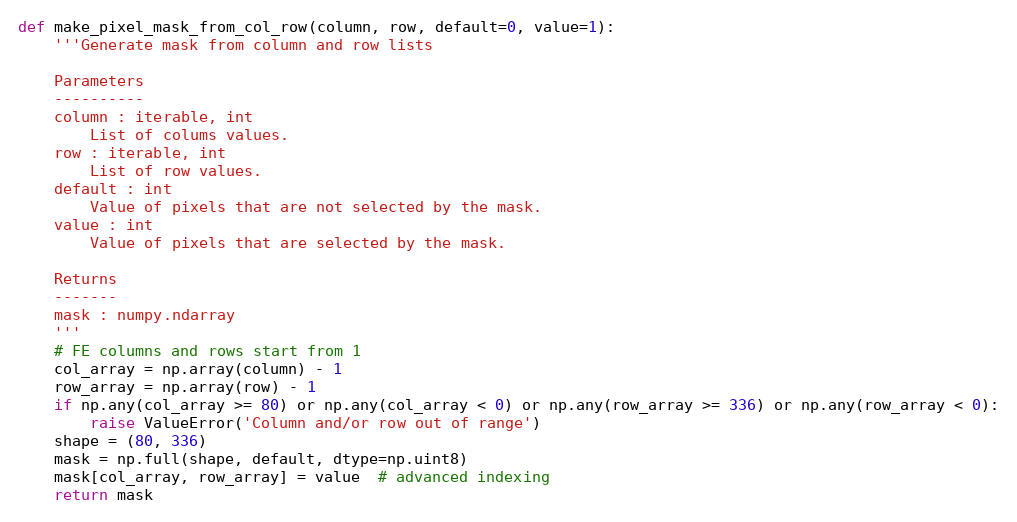
Language: Python
def make_pixel_mask_from_col_row(column, row, default=0, value=1):
    '''Generate mask from column and row lists

    Parameters
    ----------
    column : iterable, int
        List of colums values.
    row : iterable, int
        List of row values.
    default : int
        Value of pixels that are not selected by the mask.
    value : int
        Value of pixels that are selected by the mask.

    Returns
    -------
    mask : numpy.ndarray
    '''
    # FE columns and rows start from 1
    col_array = np.array(column) - 1
    row_array = np.array(row) - 1
    if np.any(col_array >= 80) or np.any(col_array < 0) or np.any(row_array >= 336) or np.any(row_array < 0):
        raise ValueError('Column and/or row out of range')
    shape = (80, 336)
    mask = np.full(shape, default, dtype=np.uint8)
    mask[col_array, row_array] = value  # advanced indexing
    return mask